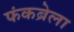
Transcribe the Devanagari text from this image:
फंकब्रेला